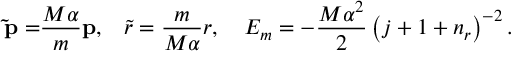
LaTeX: { \bf \tilde { p } = } \frac { M \alpha } m { \bf p , \quad } \tilde { r } = \frac m { M \alpha } r , \quad E _ { m } = - \frac { M \alpha ^ { 2 } } 2 \left( j + 1 + n _ { r } \right) ^ { - 2 } .